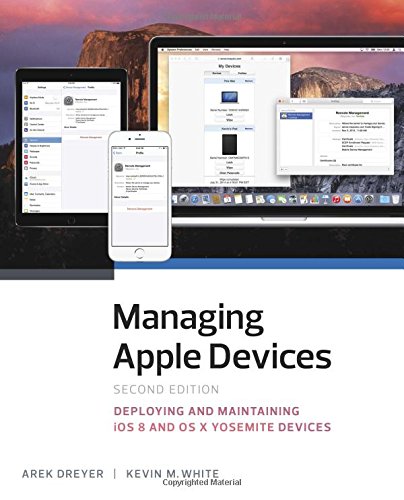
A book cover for Managing Apple Devices: Deploying and Maintaining iOS 8 and OS X Yosemite Devices (2nd Edition); Arek Dreyer; Computers & Technology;